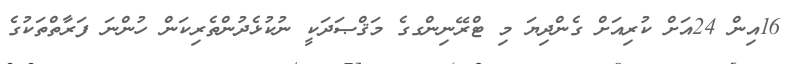
16އިން 24އަށް ކުރިއަށް ގެންދިޔަ މި ޓްރޭނިންގގެ މަޤްޞަދަކީ ނުކުޅެދުންތެރިކަން ހުންނަ ފަރާތްތަކުގެ